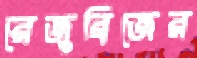
রেজুব্রিজের